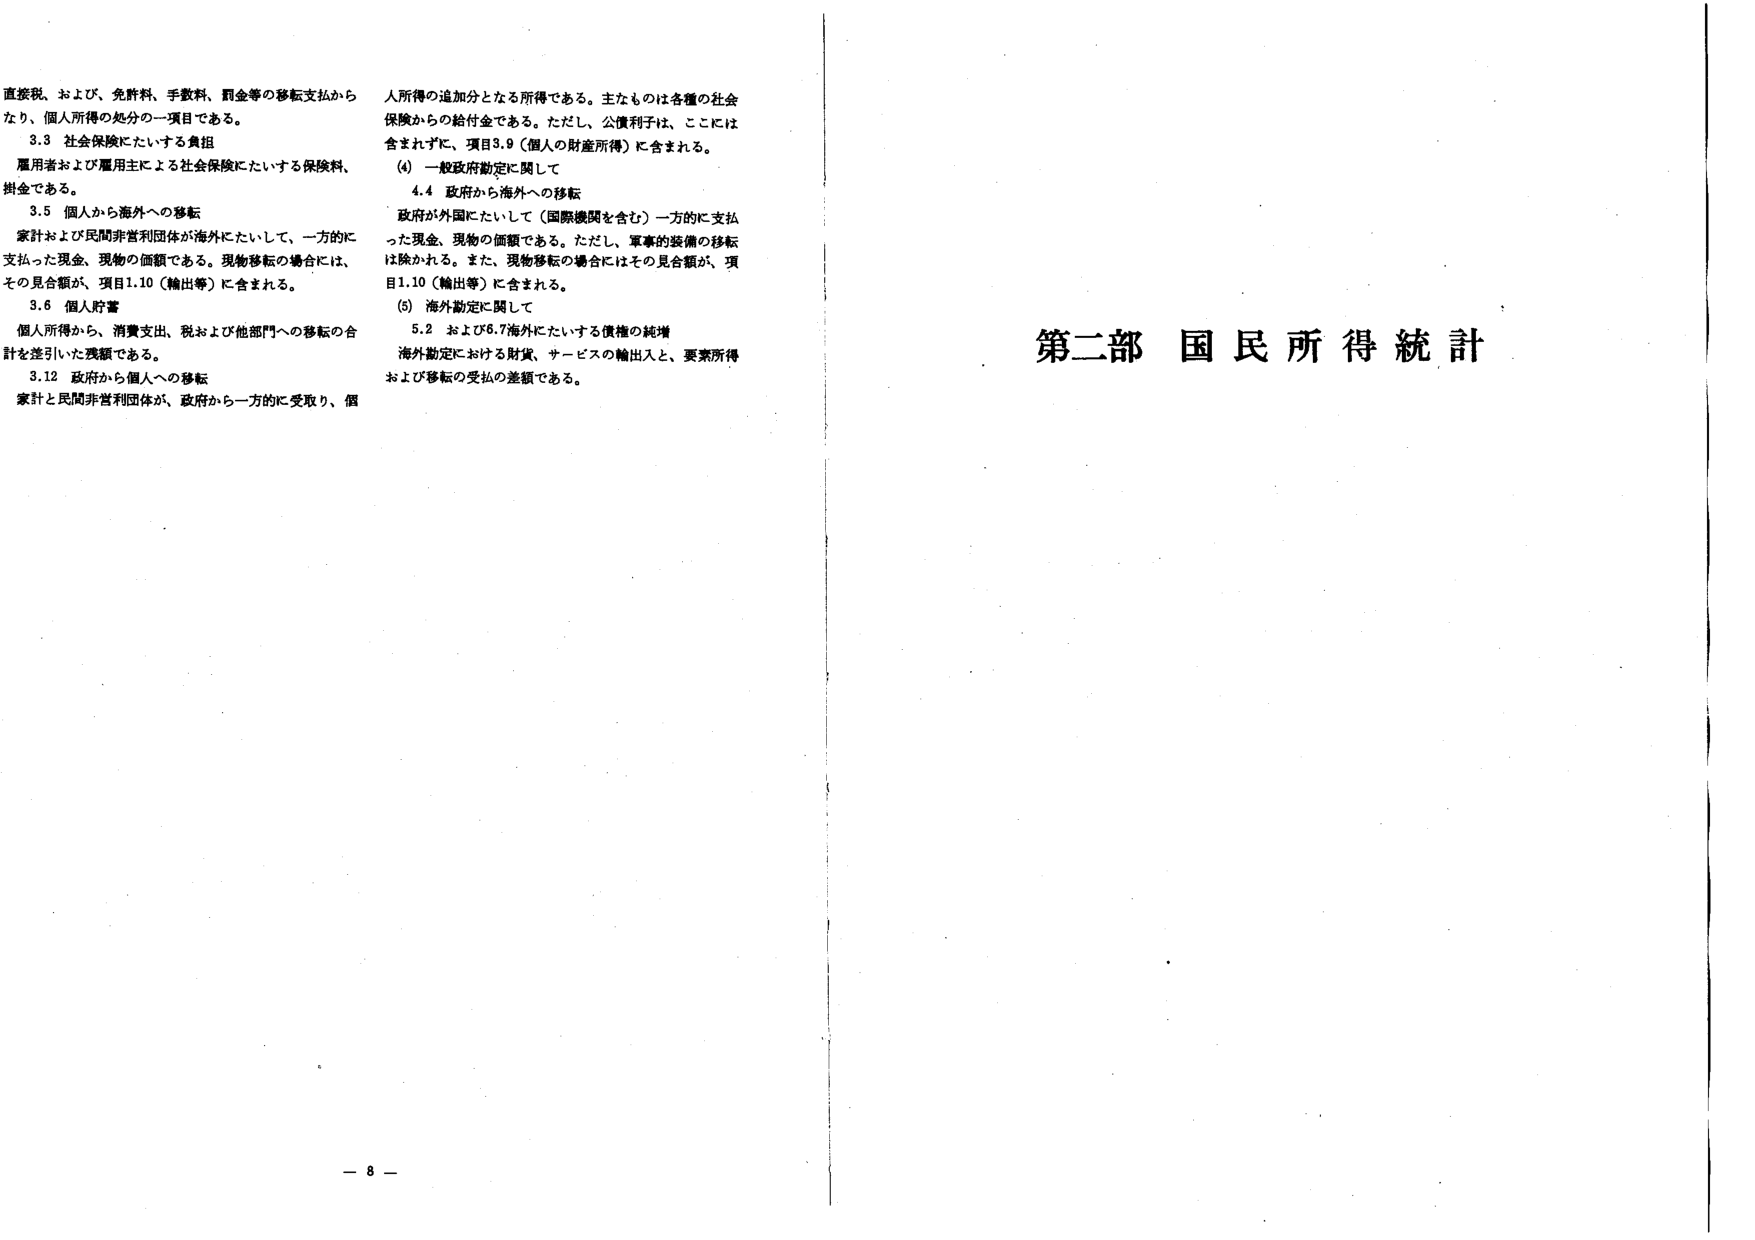
直接税、および、免許料、手数料、罰金等の移転支払から
なり、個人所得の処分の一項目である。
3.3 社会保険にたいする負担
雇用者および雇用主による社会保険にたいする保険料、
掛金である。
3.5 個人から海外への移転
家計および民間非営利団体が海外にたいして、一方的に
支払った現金、現物の価額である。現物移転の場合には、
その見合額が、項目1.10（輸出等）に含まれる。
3.6 個人貯蓄
個人所得から、消費支出、税および他部門への移転の合
計を差引いた残額である。
3.12 政府から個人への移転
家計と民間非営利団体が、政府から一方的に受取り、個
人所得の追加分となる所得である。主なものは各種の社会
保険からの給付金である。ただし、公債利子は、ここには
含まれずに、項目3.9（個人の財産所得）に含まれる。
(4) 一般政府勘定に関して
4.4 政府から海外への移転
政府が外国にたいして（国際機関を含む）一方的に支払
った現金、現物の価額である。ただし、軍事的装備の移転
は除かれる。また、現物移転の場合にはその見合額が、項
目1.10（輸出等）に含まれる。
(5) 海外勘定に関して
5.2 および6.7海外にたいする債権の純増
海外勘定における財貨、サービスの輸出入と、要素所得
および移転の受払の差額である。

第二部 国民所得統計

－ 8 －